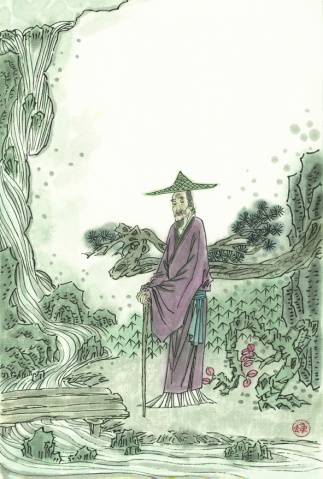
老至居人下，春归在客先。